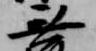
無